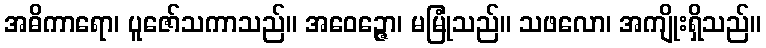
အဓိကာရော၊ ပူဇော်သကာသည်။ အဝေဉ္ဇော၊ မမြုံသည်။ သဖလော၊ အကျိုးရှိသည်။